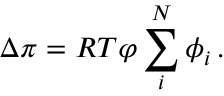
\Delta \pi = R T \varphi \sum _ { i } ^ { N } \phi _ { i } \, .